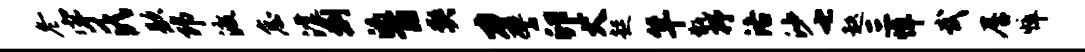
冬宇氏歇郎渡怠滹剽的百契力譬卯犬起竿甑抒洛沙七趑三悼武居悴